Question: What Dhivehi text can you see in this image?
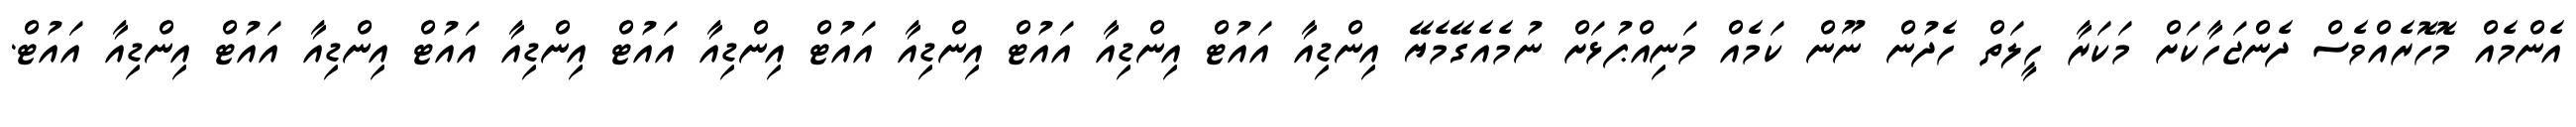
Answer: އެންމެއް މޮހޮރެއްވެސް ދެންޖަހާކަށް މަކަރާ ހީލަތް ހެދުން ނޫން ކަމެއް މަނިއްޕުޅަށް ނުމެއެގޭމެޔޭ އިންޑިއާ އައުޓް އިންޑިއާ އައުޓް އިންޑިއާ އައުޓް އިންޑިއާ އައުޓް އިންޑިއާ އައުޓް އިންޑިއާ އައުޓް އިންޑިއާ އައުޓް.